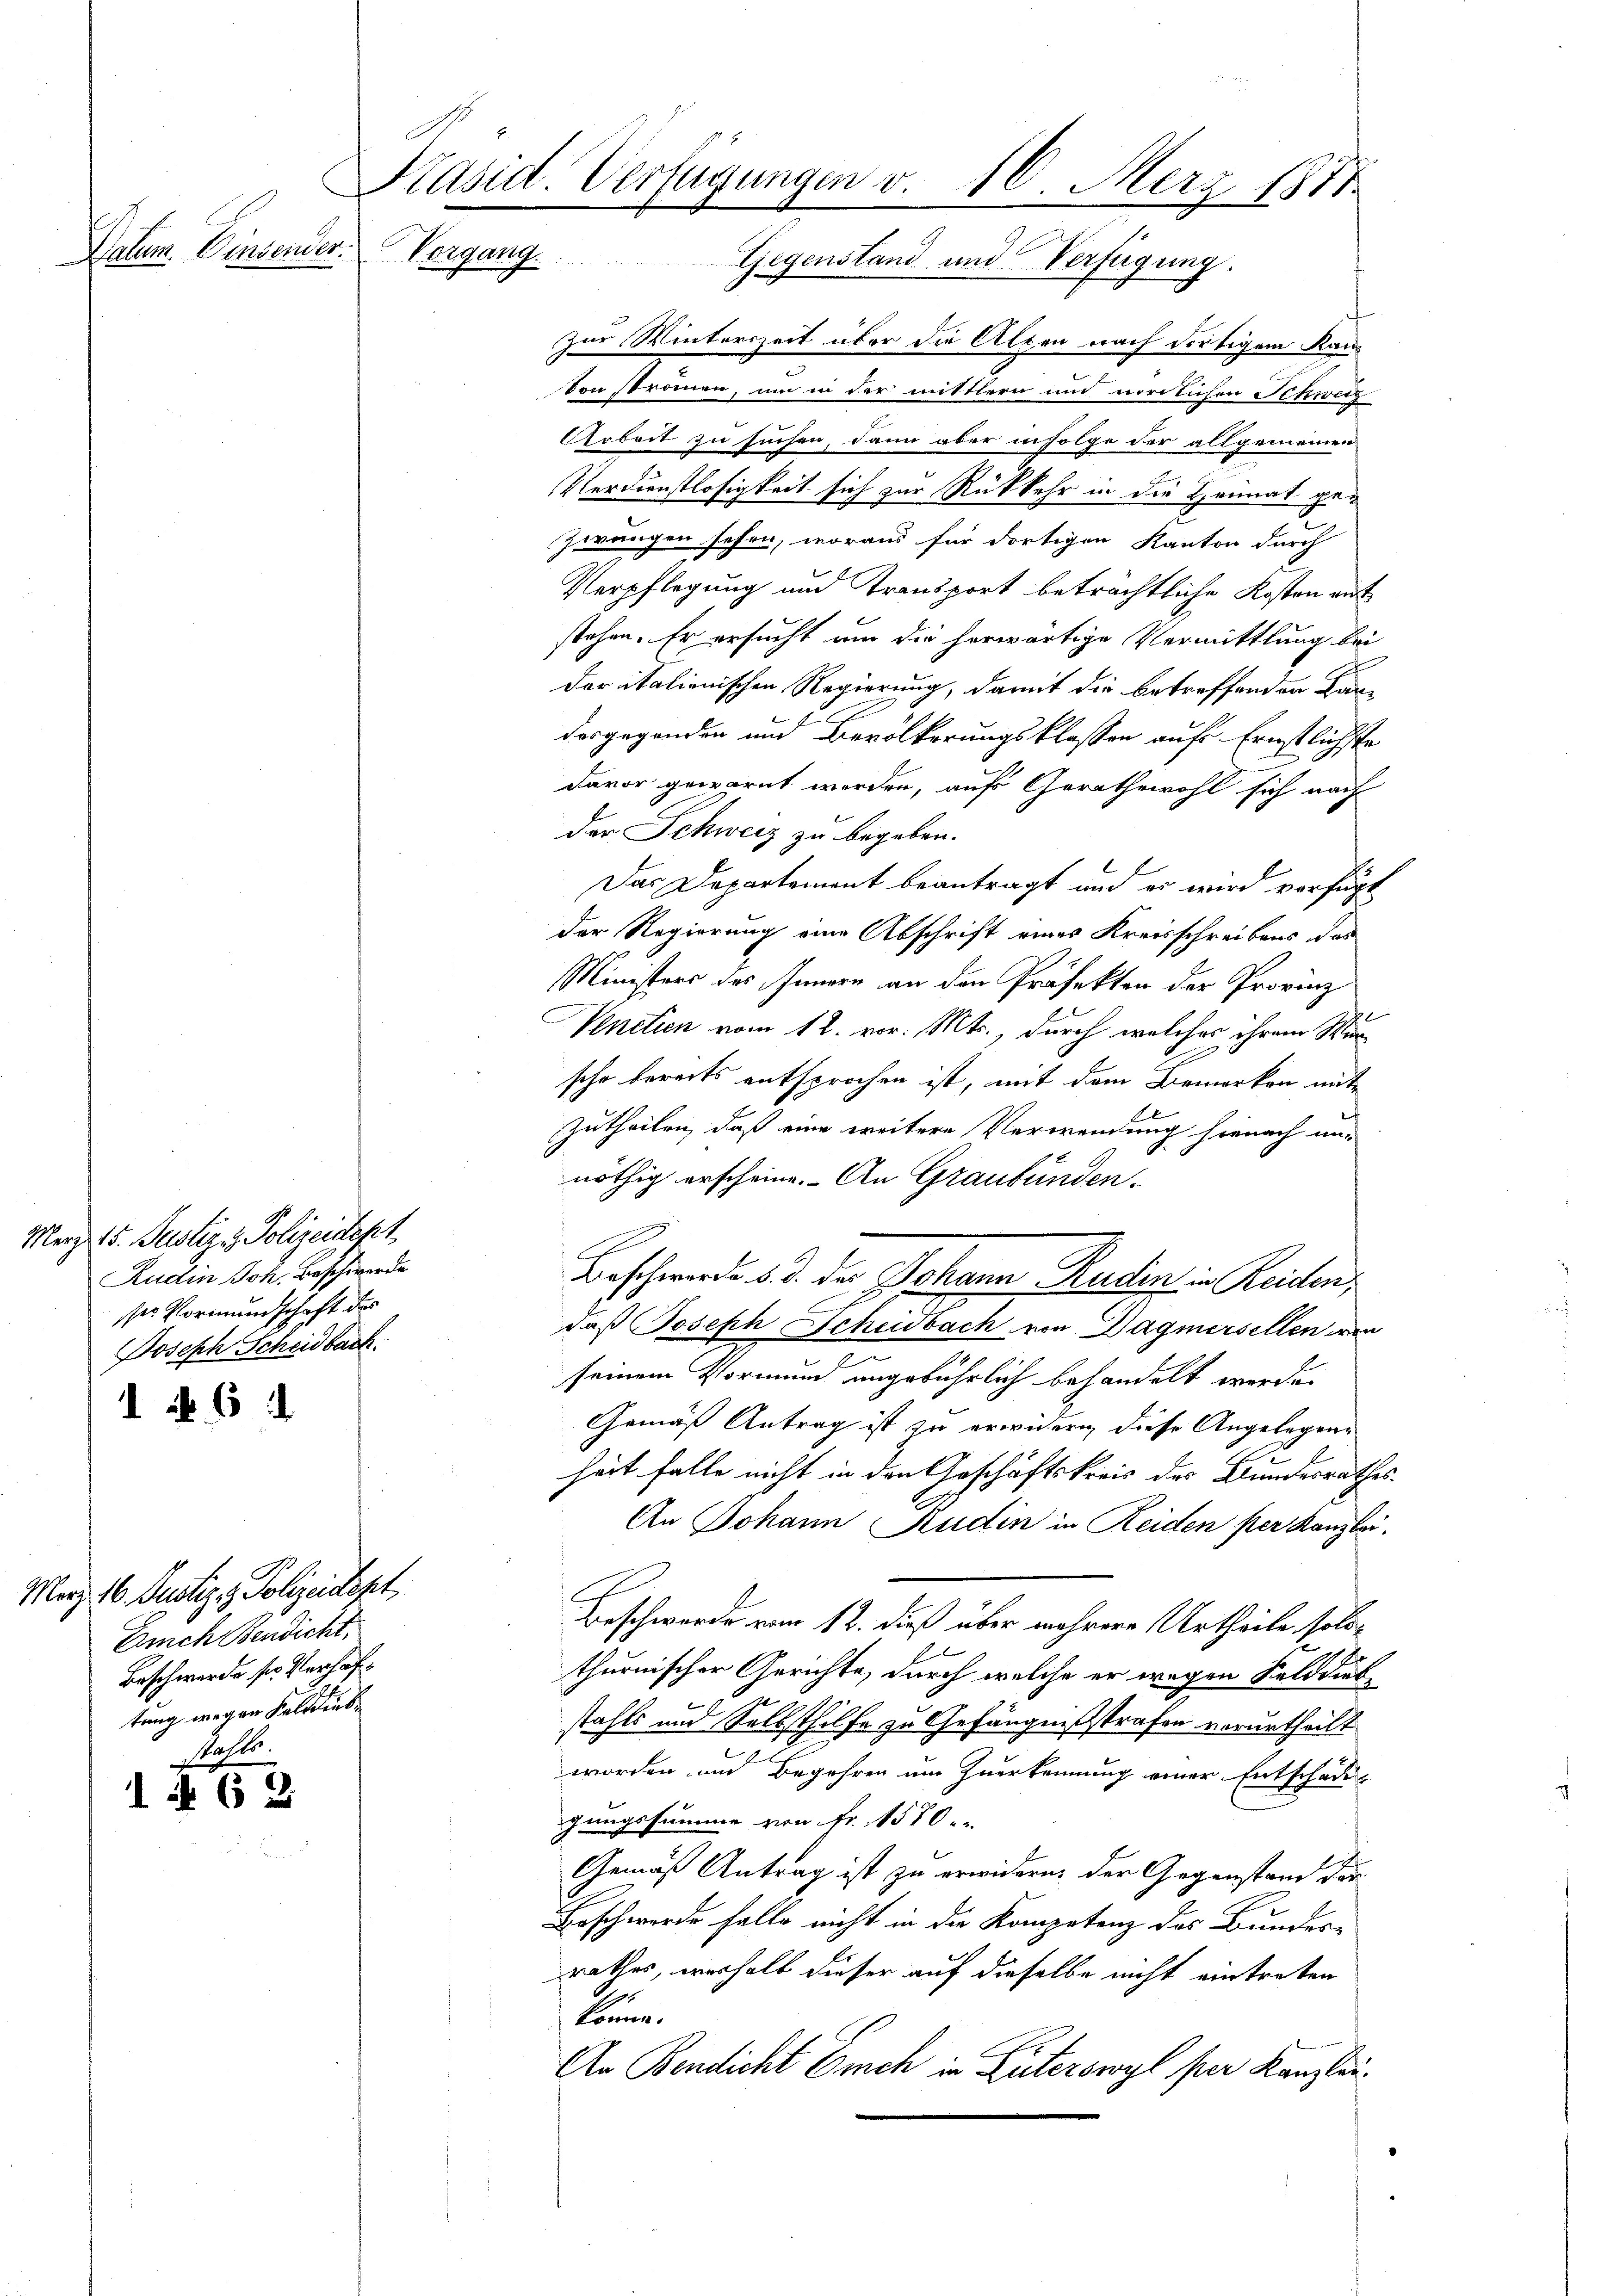
Datum. Einsender.

1 § 6 d

Merz 16. Justiz & Polizeidept.
Euch Bendicht,
Beschwerde sie Verhaftung wegen Felddieb¬
Pahls

i 62

Präsid. Verfügungen v. 10. Merz 1871.
Vorgang. Gegenstand und Verfügung.

Merz. 15. Justiz & Polizeidcht,
Rudin Joh. Beschwerde
ser Vormundschaft des
Joseph Scheidbach

Zur Winterszeit über die Alten nach dortigem Kanton strömen, um in der mittlern und nördlichen Schweiz
Arbeit zu suchen, dann aber infolge der allgemeinen
Verdienstlosigkeit sich zur Rückkehr in die Heimat gezwangen sehen, woraus für dortigen Kanton durch
Verpflegung und Transport beträchtliche Kosten ent
stehen. Er ersucht um die herwärtige Vermittlung bei
der italienischen Regierung, damit die betreffenden Kardesgegenden und Bevölkerungsklassen auf Ernstlichste
davor gewarnt werden, auf Gerathswohl sich nach
der Schweiz zu begeben.
f
Das Departement beantragt und es wird verfügt
der Regierung eine Abschrift eines Kreisschreibens des
Ministers des Innern an den Präfekten der Provinz
Venetien vom 12. vor. Mts., durch welches ihrem Wursche bereits entsprochen ist, mit dem Bemerken mit
zutheilen, daß eine weitere Verwendung hienach un-
nöthig erscheine. An Graubünden.
Beschwerde d. d. das Johann Rudern in Reichen,
daß Joseph Scheidbach von Bagmersellen wir
seinem Vormund angebührlich behandelt werde.
Gemäß Antrag ist zu erwidern, diese Angelegene
heit falle nicht in den Geschäftskreis des Bundesrathes.
An Johann Studin in Reiden per Kanzlei.
Beschwerde vom 12. dieß über mehrere Urtheile solothurnischer Gerichte, durch welche er wegen Felddick
stahls und Selbsthilfe zu Gefängnißstrafen verurtheilt.
worden und Begehren um Zuerkennung einer Entschädig
gungssumme von Fr. 1570.
Gemäß Antrag ist zu erwidern, der Gegenstand der
Boschwerde falle nicht in die Kompetenz des Bundes-
rathes, verhalb dieser auf dieselbe nicht eintreten
könne.
An Bendicht Euch in Güterswyl per Kanzlei¬